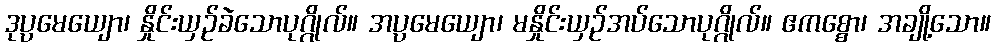
ဒုပ္ပမေယျော၊ နှိုင်းယှဉ်ခဲသောပုဂ္ဂိုလ်။ အပ္ပမေယျော၊ မနှိုင်းယှဉ်အပ်သောပုဂ္ဂိုလ်။ ဧကစ္စော၊ အချို့သော။